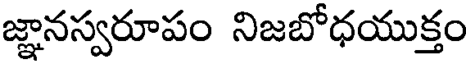
జ్ఞానస్వరూపం నిజబోధయుక్తం